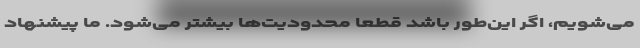
می‌شویم، اگر این‌طور باشد قطعا محدودیت‌ها بیشتر می‌شود. ما پیشنهاد